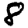
Digit: 8